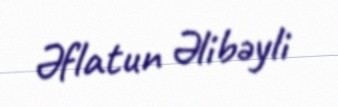
Əflatun Əlibəyli